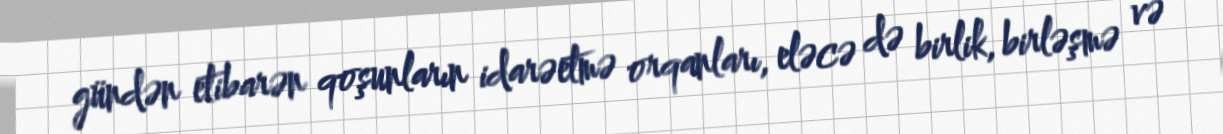
gündən etibarən qoşunların idarəetmə orqanları, eləcə də birlik, birləşmə və